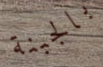
بالجبنة